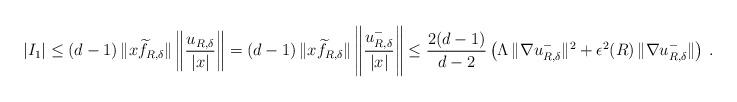
LaTeX: \begin{align*} |I_1| \leq(d-1) \, \|x\widetilde f_{R,\delta}\| \left\|\frac{u_{R,\delta}}{|x|}\right\| = (d-1) \, \|x\widetilde f_{R,\delta}\| \left\|\frac{u^-_{R,\delta}}{|x|}\right\| \leq\frac{2(d-1)}{d-2} \left(\Lambda\,\|\nabla u^-_{R,\delta}\|^2 +\epsilon^2(R) \, \|\nabla u^-_{R,\delta}\|\right) \,.\end{align*}